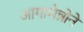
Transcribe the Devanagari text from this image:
आगामेन्नोने